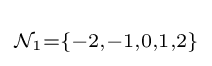
\scriptstyle {\mathcal {N}}_{1}=\{-2,-1,0,1,2\}